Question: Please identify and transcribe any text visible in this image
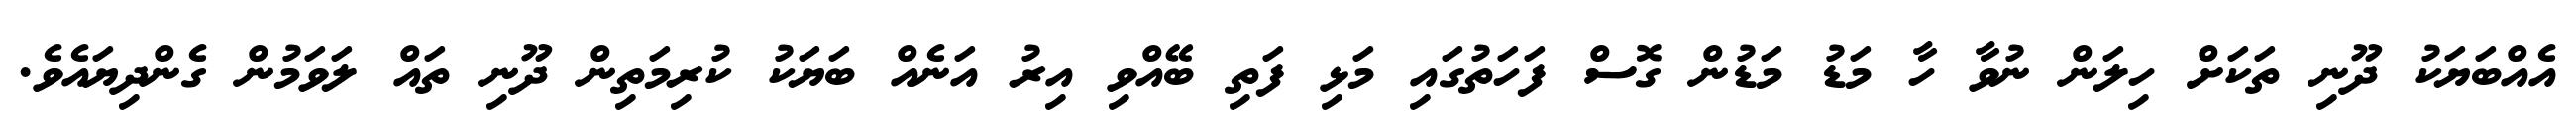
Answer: އެއްބަޔަކު ދޫނި ތަކަށް ހިލަން ނުވާ ހާ މަޑު މަޑުން ގޮސް ފަހަތުގައި މަޅި ފަތި ބޭއްވި އިރު އަނެއް ބަޔަކު ކުރިމަތިން ދޫނި ތައް ލަވަމުން ގެންދިޔައެވެ.